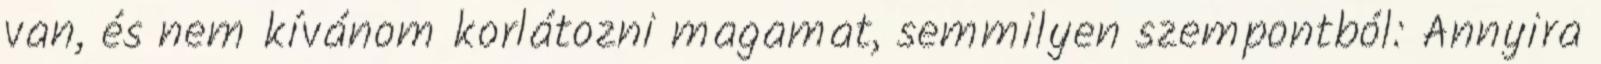
van, és nem kívánom korlátozni magamat, semmilyen szempontból: Annyira